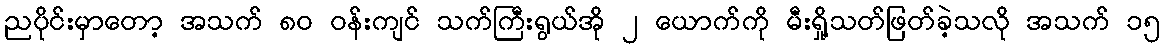
ညပိုင်းမှာတော့ အသက် ၈၀ ဝန်းကျင် သက်ကြီးရွယ်အို ၂ ယောက်ကို မီးရှို့သတ်ဖြတ်ခဲ့သလို အသက် ၁၅